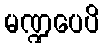
မဏ္ဍပေပိ